Lunatic asylums Bombay report 1878-1890 - 1878-1890
Year: 1878
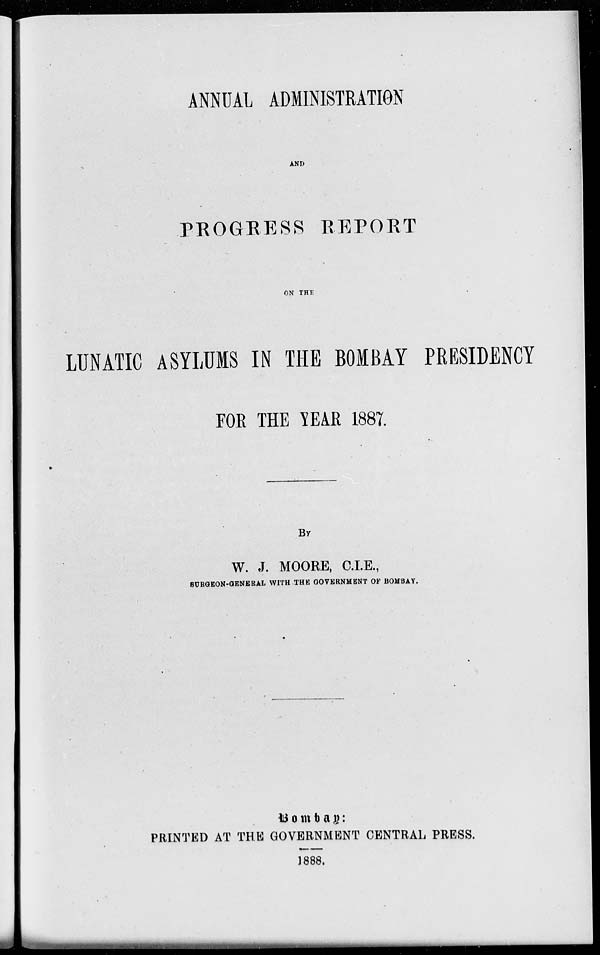
ANNUAL ADMINISTRATION
AND
PROGRESS REPORT
ON THE
LUNATIC ASYLUMS IN THE BOMBAY PRESIDENCY
FOR THE YEAR 1887.
BY
W. J. MOORE, C.I.E.,
SURGEON-GENERAL WITH THE GOVERNMENT OF BOMBAY.
Bombay:
PRINTED AT THE GOVERNMENT CENTRAL PRESS.
1888.